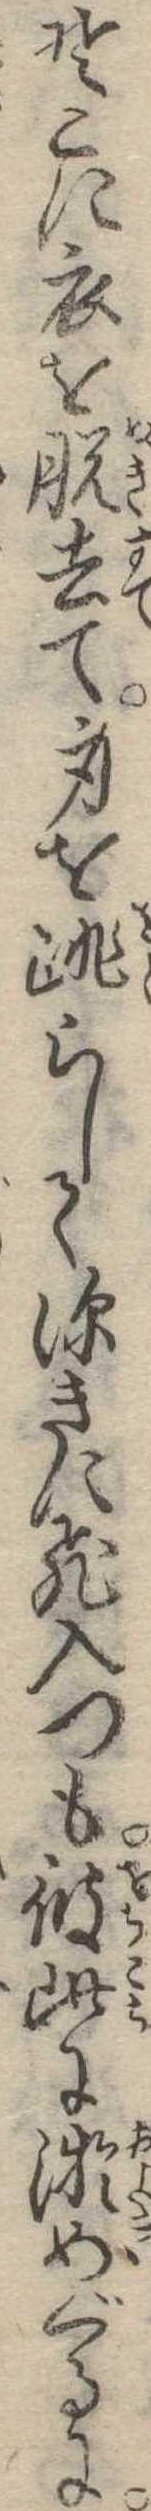
そこに衣を脱去て身を跳らして深きに飛入つも彼此に游めぐるに